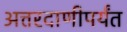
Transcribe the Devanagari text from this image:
अत्तरदाणीपर्यंत